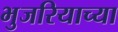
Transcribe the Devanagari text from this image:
भुजरियाच्या